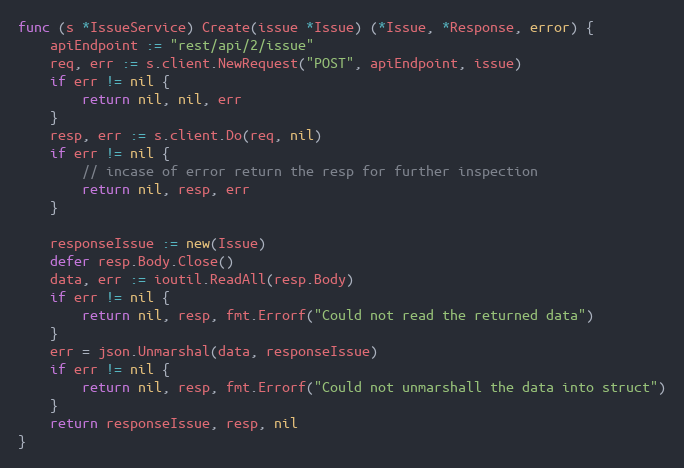
Language: Go
func (s *IssueService) Create(issue *Issue) (*Issue, *Response, error) {
	apiEndpoint := "rest/api/2/issue"
	req, err := s.client.NewRequest("POST", apiEndpoint, issue)
	if err != nil {
		return nil, nil, err
	}
	resp, err := s.client.Do(req, nil)
	if err != nil {
		// incase of error return the resp for further inspection
		return nil, resp, err
	}

	responseIssue := new(Issue)
	defer resp.Body.Close()
	data, err := ioutil.ReadAll(resp.Body)
	if err != nil {
		return nil, resp, fmt.Errorf("Could not read the returned data")
	}
	err = json.Unmarshal(data, responseIssue)
	if err != nil {
		return nil, resp, fmt.Errorf("Could not unmarshall the data into struct")
	}
	return responseIssue, resp, nil
}